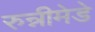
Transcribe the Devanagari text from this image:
रुन्नीमेडे